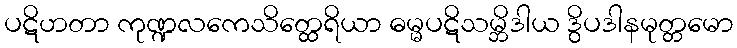
ပဋိဟတာ ကုဏ္ဍလကေသိတ္ထေရိယာ ဓမ္မပဋိသမ္ဘိဒါယ ဒွိပဒါနမုတ္တမော